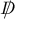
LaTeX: D \! \! \! \! /